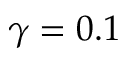
\gamma = 0 . 1